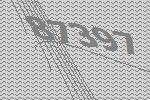
87397